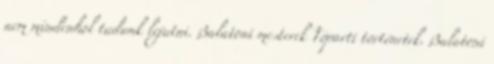
nem mindenhol tudunk lejutni. Balatoni mesterek Tóparti történetek. Balatoni